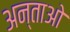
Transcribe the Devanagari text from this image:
अन्ताओ